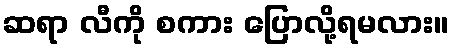
ဆရာ လီကို စကား ပြောလို့ရမလား။